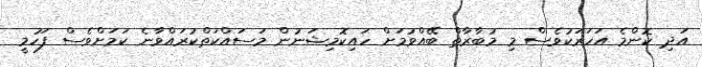
އަދި ކޮންމެ އަހަރަކުވެސް މި މުބާރާތް ބޭއްވުމަށް ހައިކޮމިޝަނުން މަސައްކަތްކުރައްވާނެ ކަމަށްވެސް ފަހުމީ